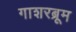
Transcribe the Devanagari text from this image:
गाशरब्रूम